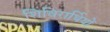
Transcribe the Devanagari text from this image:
शिविरार्थियों